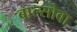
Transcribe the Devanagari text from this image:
बाल्सोवा